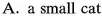
A.a small cat